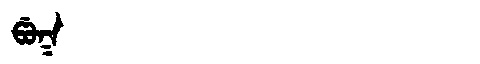
Manchu: ᡦᡠᡴ
Romanization: PUK